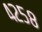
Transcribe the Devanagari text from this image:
४२५८